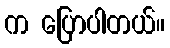
က ပြောပါတယ်။